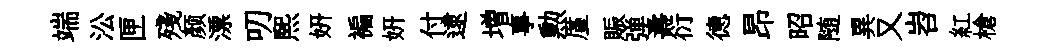
端㳂匣殘颜漂叨煕妍褊妍付逮増事勲厪賑弹夀衍德昂昭随異又岧紅槍